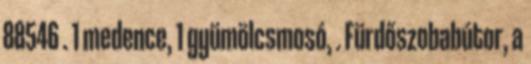
88546 . 1 medence, 1 gyümölcsmosó, . Fürdőszobabútor, a